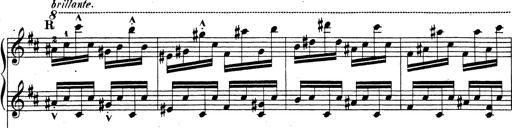
Title: Rhapsodie espagnole
Composer: Franz Liszt